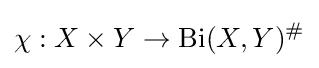
\chi :X\times Y\to \mathrm {Bi} (X,Y)^{\#}